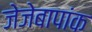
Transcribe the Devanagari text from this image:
जेजेबापांक